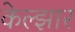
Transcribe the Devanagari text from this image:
केल्झार